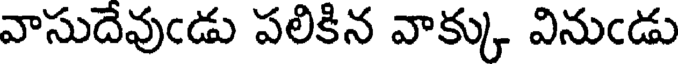
వాసుదేవుఁడు పలికిన వాక్కు వినుఁడు